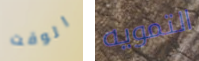
الوقت التمويه